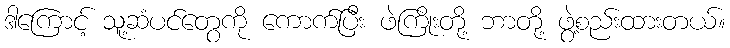
ဒါကြောင့် သူ့ဆံပင်တွေကို ကောက်ပြီး ဖဲကြိုးတို့ ဘာတို့ ဖွဲ့စည်းထားတယ်။